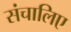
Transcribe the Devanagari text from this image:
संचालिए